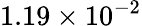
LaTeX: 1.19\times 10^{-2}